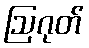
ဩဂုတ်